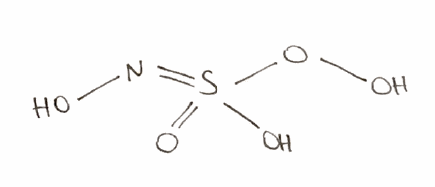
Simplified molecular-input line-entry system (SMILES) notation of the given molecule:
N(=S(=O)(O)OO)O